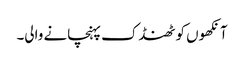
آنکھوں کو ٹھنڈک پہنچانے والی۔